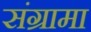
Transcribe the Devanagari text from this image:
संग्रामा